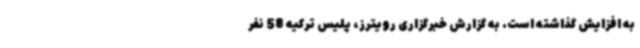
به افزایش گذاشته است. به گزارش خبرگزاری رویترز، پلیس ترکیه 58 نفر